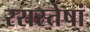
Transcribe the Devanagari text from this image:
रसस्तेषां